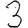
Digit: 3